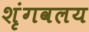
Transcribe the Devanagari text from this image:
शृंगवलय